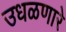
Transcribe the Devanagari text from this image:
उधळणारे